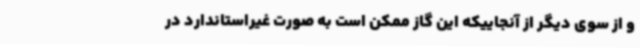
و از سوی دیگر از آنجاییکه این گاز ممکن است به صورت غیراستاندارد در